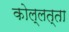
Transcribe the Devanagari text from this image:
कोल्लत्ता